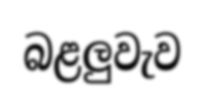
බළලුවැව